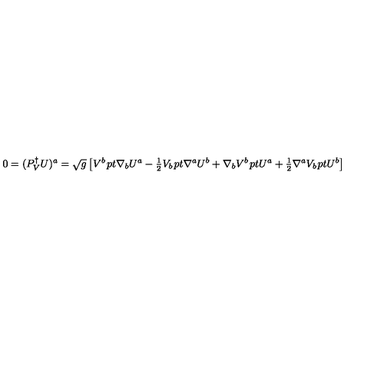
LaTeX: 0 = ( P _ { V } ^ { \dagger } U ) ^ { a } = \sqrt g \left[ { V ^ { b } \kern 1 p t \nabla _ { b } U ^ { a } - { \textstyle { \frac { 1 } { 2 } } } V _ { b } \kern 1 p t \nabla ^ { a } U ^ { b } + \nabla _ { b } V ^ { b } \kern 1 p t U ^ { a } + { \textstyle { \frac { 1 } { 2 } } } \nabla ^ { a } V _ { b } \kern 1 p t U ^ { b } } \right]